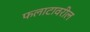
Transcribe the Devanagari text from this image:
फलाटावरील